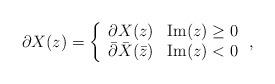
LaTeX: \begin{align*}\partial X(z)= \left\{ \begin{array}{ll} \partial X(z) & \mbox{Im}(z) \geq 0 \\ \bar{\partial}\bar{X}(\bar{z}) & \mbox{Im}(z) < 0 \end{array} \right.,\end{align*}